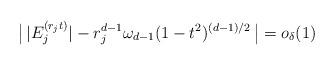
LaTeX: \begin{align*}\big|\,|E_j^{(r_j t)}|-r_j^{d-1}\omega_{d-1} (1-t^2)^{(d-1)/2}\,\big| =o_\delta(1)\end{align*}